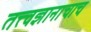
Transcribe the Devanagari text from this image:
तत्त्वज्ञानाचाच